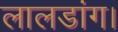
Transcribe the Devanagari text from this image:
लालडांग।